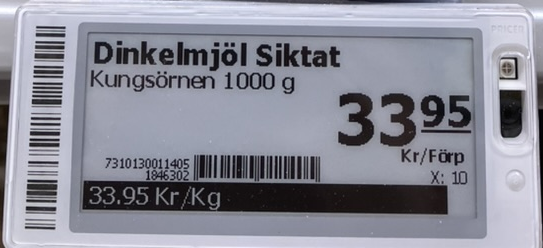
Vara: Dinkelmjöl Siktat
Genomsnittspris: 33.95 per kg